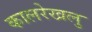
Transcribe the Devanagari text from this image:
कालरेखलु